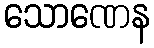
သောဏေန